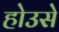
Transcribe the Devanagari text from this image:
होउसे